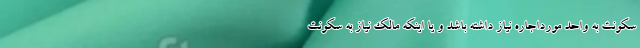
سکونت به واحد مورداجاره نیاز داشته باشد و یا اینکه مالک نیاز به سکونت